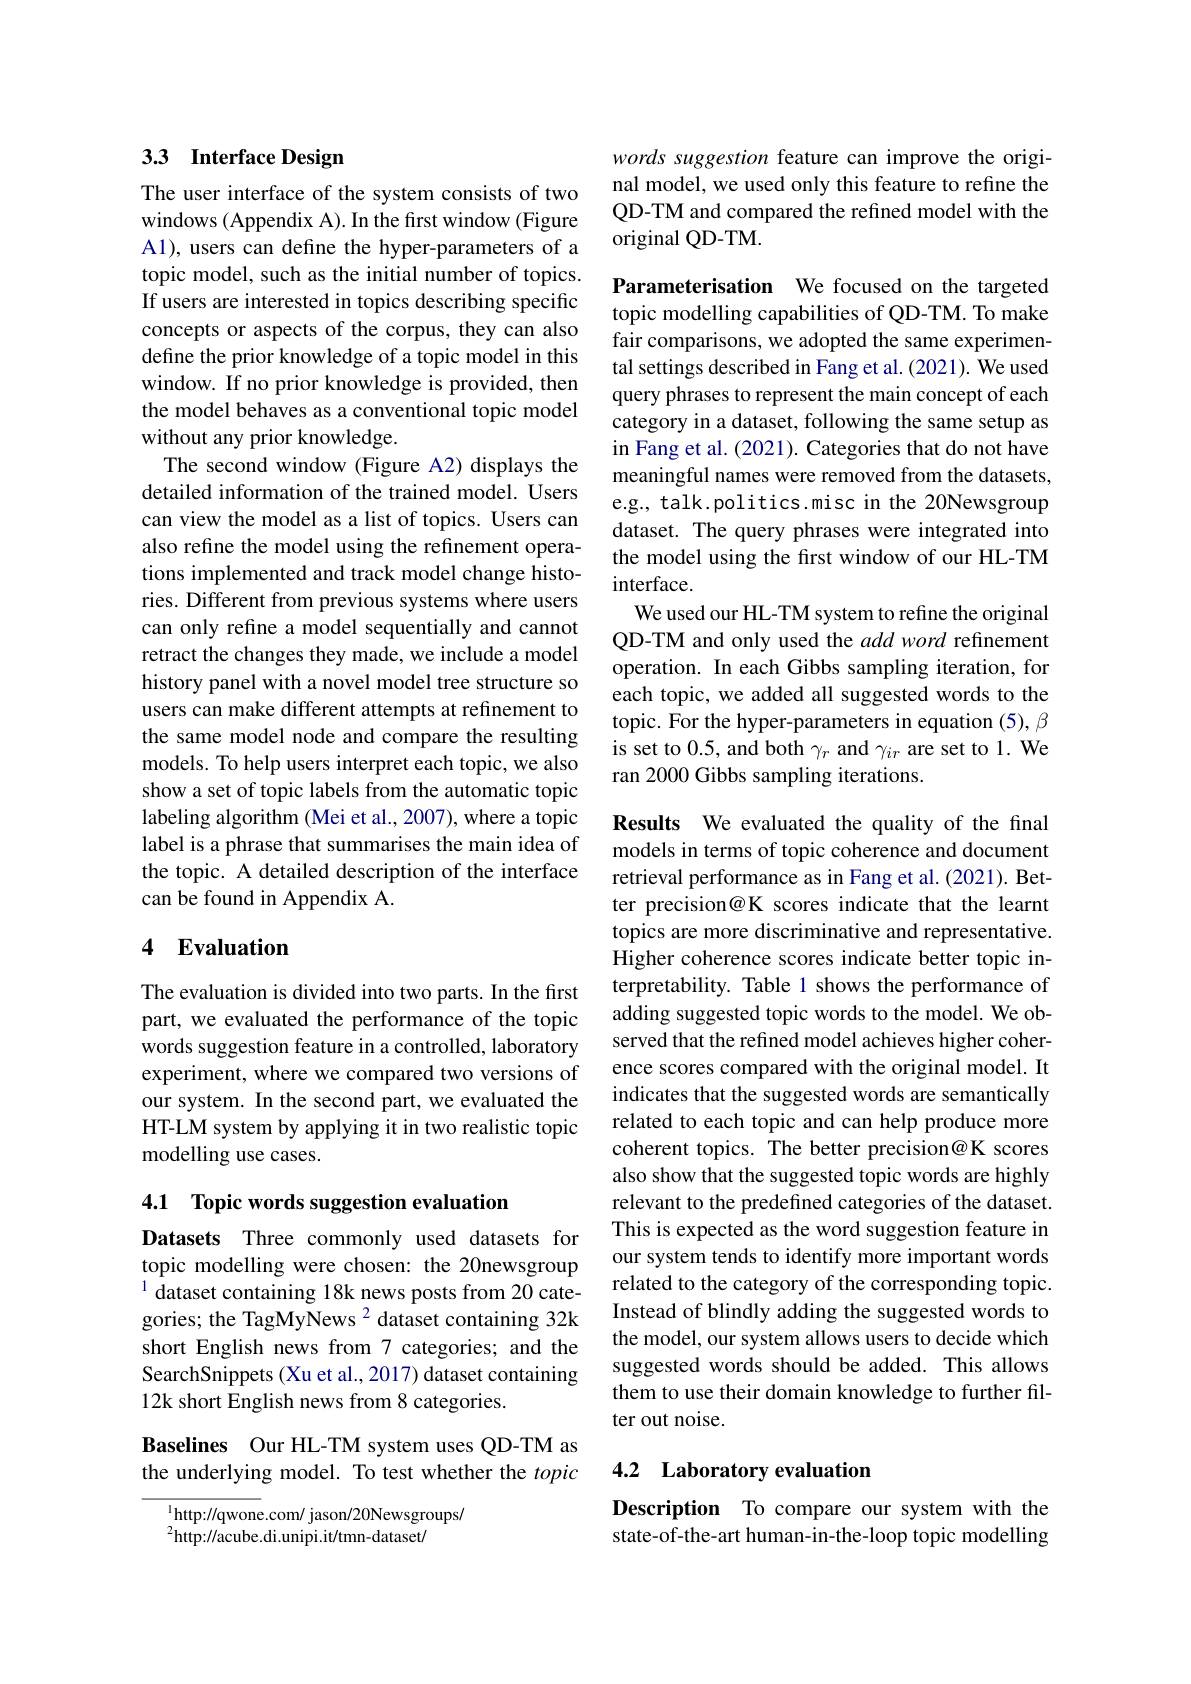
## 3.3 Interface Design

The user interface of the system consists of two windows (Appendix A). In the first window (Figure A1), users can define the hyper-parameters of a topic model, such as the initial number of topics. If users are interested in topics describing specific concepts or aspects of the corpus, they can also define the prior knowledge of a topic model in this window. If no prior knowledge is provided, then the model behaves as a conventional topic model without any prior knowledge.
The second window (Figure A2) displays the detailed information of the trained model. Users can view the model as a list of topics. Users can also refine the model using the refinement operations implemented and track model change histories. Different from previous systems where users can only refine a model sequentially and cannot retract the changes they made, we include a model history panel with a novel model tree structure so users can make different attempts at refinement to the same model node and compare the resulting models. To help users interpret each topic, we also show a set of topic labels from the automatic topic labeling algorithm (Mei et al., 2007), where a topic label is a phrase that summarises the main idea of the topic. A detailed description of the interface can be found in Appendix A.

## 4 Evaluation

The evaluation is divided into two parts. In the first part, we evaluated the performance of the topic words suggestion feature in a controlled, laboratory experiment, where we compared two versions of our system. In the second part, we evaluated the HT-LM system by applying it in two realistic topic modelling use cases.

4.1 Topic words suggestion evaluation

Datasets Three commonly used datasets for topic modelling were chosen: the 20newsgroup $^{1}$ dataset containing 18k news posts from 20 categories; the TagMyNews 2 dataset containing 32k short English news from 7 categories; and the SearchSnippets (Xu et al., 2017) dataset containing 12k short English news from 8 categories.

Baselines Our HL-TM system uses QD-TM as the underlying model. To test whether the topic

$^{1}$http://qwone.com/ jason/20Newsgroups/
$^{2}$http://acube.di.unipi.it/tmn-dataset/

words suggestion feature can improve the original model, we used only this feature to refine the QD-TM and compared the refined model with the original QD-TM.

Parameterisation We focused on the targeted topic modelling capabilities of QD-TM. To make fair comparisons, we adopted the same experimental settings described in Fang et al.(2021). We used query phrases to represent the main concept of each category in a dataset, following the same setup as in Fang et al. (2021). Categories that do not have meaningful names were removed from the datasets, e.g., talk.politics.misc in the 20Newsgroup dataset. The query phrases were integrated into the model using the first window of our HL-TM interface.
We used our HL-TM system to refine the original QD-TM and only used the add word refinement operation. In each Gibbs sampling iteration, for each topic, we added all suggested words to the topic. For the hyper-parameters in equation (5), β is set to 0.5, and both $\gamma_r$ and $\gamma_ir$ are set to 1. We ran 2000 Gibbs sampling iterations.

Results We evaluated the quality of the final models in terms of topic coherence and document retrieval performance as in Fang et al.(2021). Better precision@K scores indicate that the learnt topics are more discriminative and representative. Higher coherence scores indicate better topic interpretability. Table 1 shows the performance of adding suggested topic words to the model. We observed that the refined model achieves higher coherence scores compared with the original model. It indicates that the suggested words are semantically related to each topic and can help produce more coherent topics. The better precision@K scores also show that the suggested topic words are highly relevant to the predefined categories of the dataset This is expected as the word suggestion feature in our system tends to identify more important words related to the category of the corresponding topic. Instead of blindly adding the suggested words to the model, our system allows users to decide which suggested words should be added. This allows them to use their domain knowledge to further filter out noise.

## 4.2 Laboratory evaluation

Description To compare our system with the state-of-the-art human-in-the-loop topic modelling